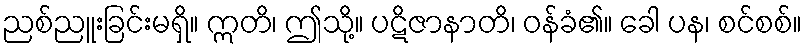
ညစ်ညူးခြင်းမရှိ။ ဣတိ၊ ဤသို့။ ပဋိဇာနာတိ၊ ဝန်ခံ၏။ ခေါ ပန၊ စင်စစ်။